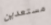
مستعدين